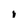
Character: i